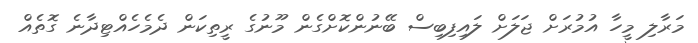
މަރާލި މީހާ އުމުރަށް ޖަލަށް ލައިފިބިސް ބޭނުންކޮށްގެން މޫނުގެ ރީތިކަން ދެމެހެއްޓިދާނެ ގޮތެއް